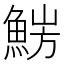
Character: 𩷜